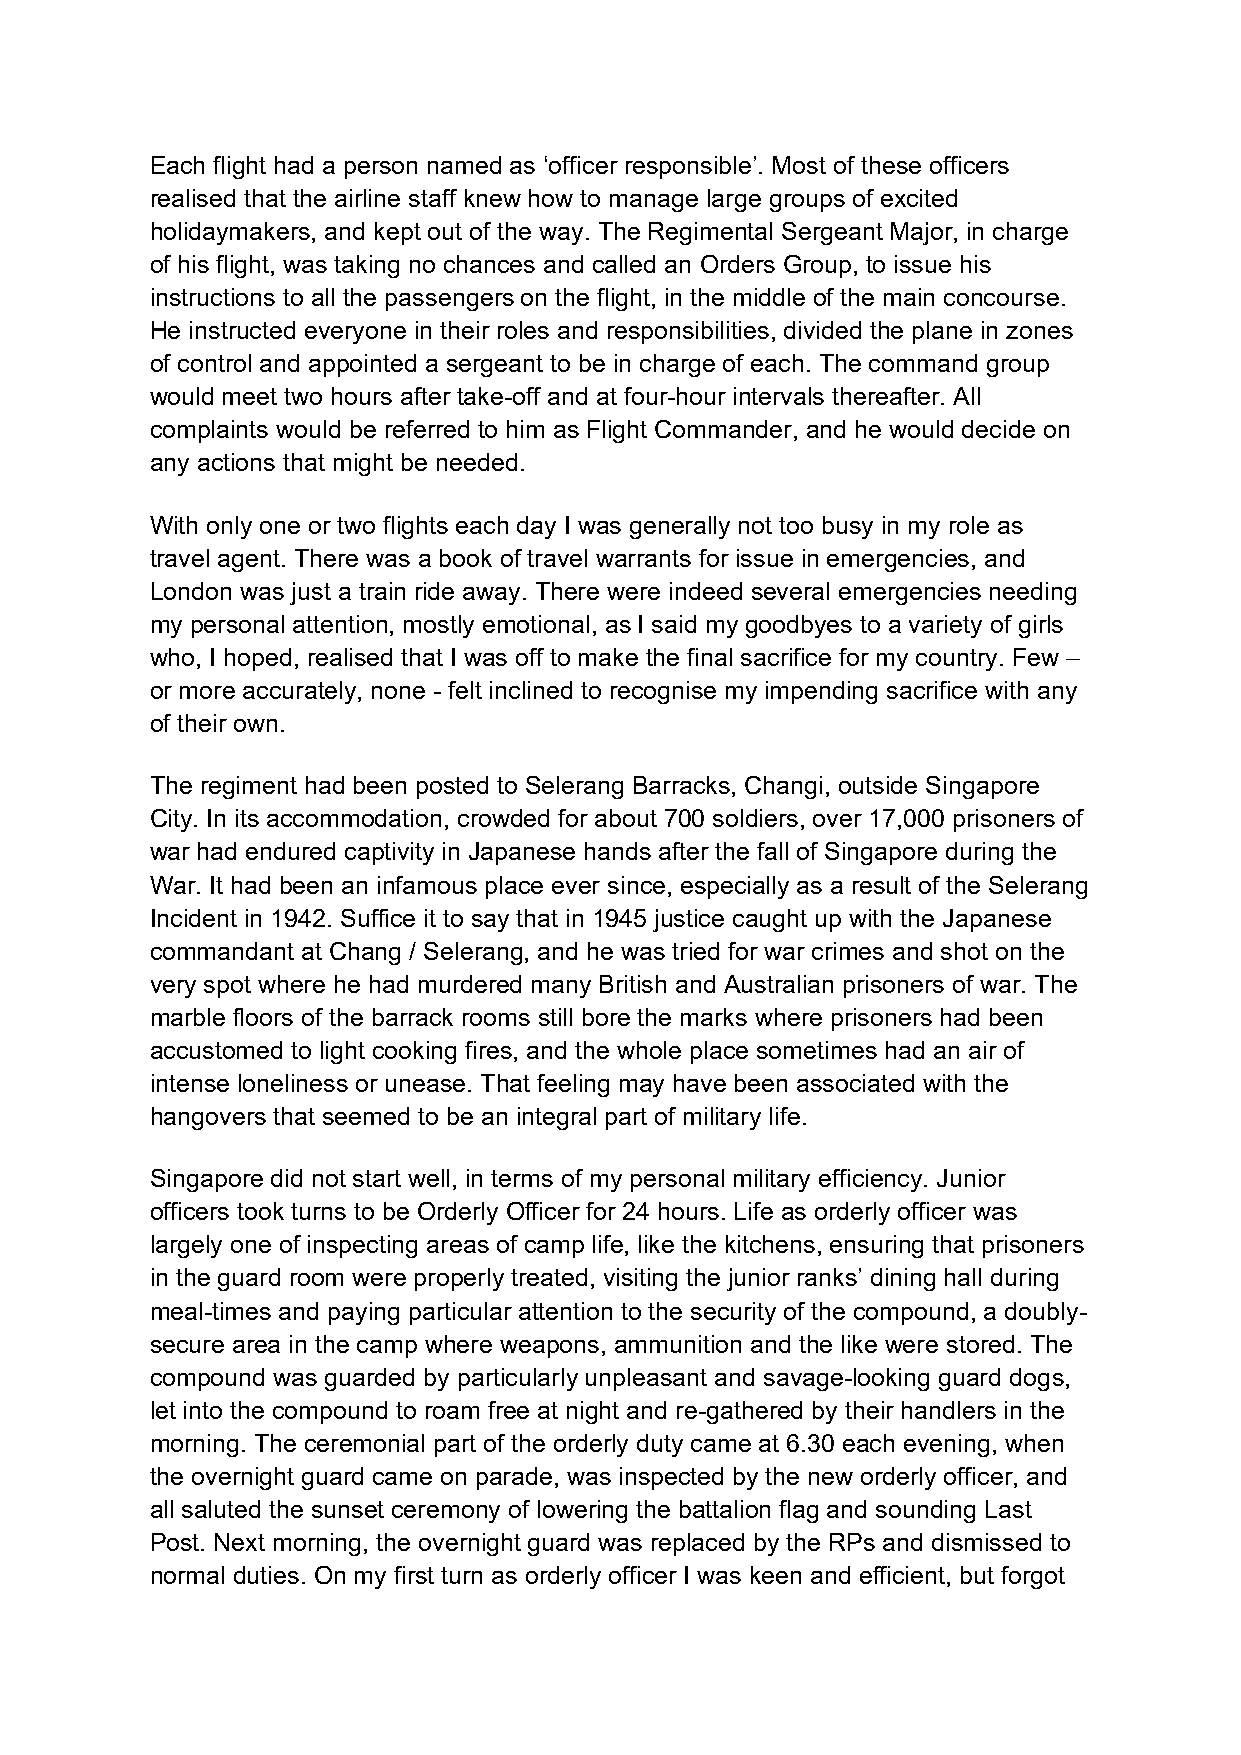
Each flight had a person named as ‘officer responsible’. Most of these officers
 realised that the airline staff knew how to manage large groups of excited
 holidaymakers, and kept out of the way. The Regimental Sergeant Major, in charge
 of his flight, was taking no chances and called an Orders Group, to issue his
 instructions to all the passengers on the flight, in the middle of the main concourse.
 He instructed everyone in their roles and responsibilities, divided the plane in zones
 of control and appointed a sergeant to be in charge of each. The command group
 would meet two hours after take-off and at four-hour intervals thereafter. All
 complaints would be referred to him as Flight Commander, and he would decide on
 any actions that might be needed.
 With only one or two flights each day I was generally not too busy in my role as
 travel agent. There was a book of travel warrants for issue in emergencies, and
 London was just a train ride away. There were indeed several emergencies needing
 my personal attention, mostly emotional, as I said my goodbyes to a variety of girls
 who, I hoped, realised that I was off to make the final sacrifice for my country. Few –
 or more accurately, none - felt inclined to recognise my impending sacrifice with any
 of their own.
 The regiment had been posted to Selerang Barracks, Changi, outside Singapore
 City. In its accommodation, crowded for about 700 soldiers, over 17,000 prisoners of
 war had endured captivity in Japanese hands after the fall of Singapore during the
 War. It had been an infamous place ever since, especially as a result of the Selerang
 Incident in 1942. Suffice it to say that in 1945 justice caught up with the Japanese
 commandant at Chang / Selerang, and he was tried for war crimes and shot on the
 very spot where he had murdered many British and Australian prisoners of war. The
 marble floors of the barrack rooms still bore the marks where prisoners had been
 accustomed to light cooking fires, and the whole place sometimes had an air of
 intense loneliness or unease. That feeling may have been associated with the
 hangovers that seemed to be an integral part of military life.
 Singapore did not start well, in terms of my personal military efficiency. Junior
 officers took turns to be Orderly Officer for 24 hours. Life as orderly officer was
 largely one of inspecting areas of camp life, like the kitchens, ensuring that prisoners
 in the guard room were properly treated, visiting the junior ranks’ dining hall during
 meal-times and paying particular attention to the security of the compound, a doubly-
 secure area in the camp where weapons, ammunition and the like were stored. The
 compound was guarded by particularly unpleasant and savage-looking guard dogs,
 let into the compound to roam free at night and re-gathered by their handlers in the
 morning. The ceremonial part of the orderly duty came at 6.30 each evening, when
 the overnight guard came on parade, was inspected by the new orderly officer, and
 all saluted the sunset ceremony of lowering the battalion flag and sounding Last
 Post. Next morning, the overnight guard was replaced by the RPs and dismissed to
 normal duties. On my first turn as orderly officer I was keen and efficient, but forgot